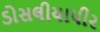
ડોસલીયાપીર